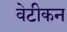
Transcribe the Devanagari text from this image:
वेटीकन